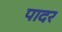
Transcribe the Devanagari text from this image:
पादर